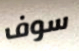
سوف